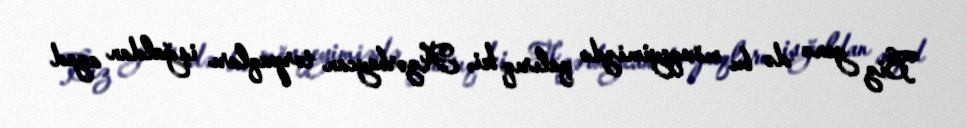
Biz yenə də bu mövqeyimizdə qalırıq ki, Azərbaycan torpaqları işğaldan azad